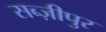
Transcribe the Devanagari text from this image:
सब्ज़ीपुर